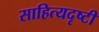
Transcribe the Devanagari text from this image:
साहित्यदृष्टी